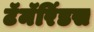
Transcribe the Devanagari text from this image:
टॅमॅरिंडस